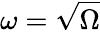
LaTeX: \omega=\sqrt{\Omega}